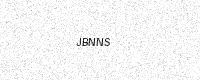
Text: JBNNS